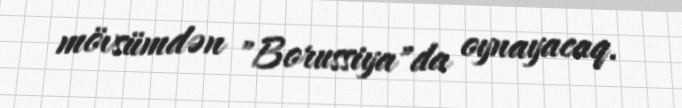
mövsümdən "Borussiya"da oynayacaq.